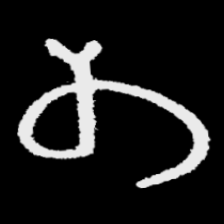
Pyu character \u2014 Myanmar letter: တ (romanized: ta)